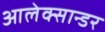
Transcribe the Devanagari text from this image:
आलेक्सान्डर